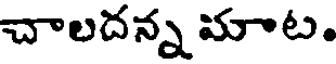
చాలదన్న మాట.